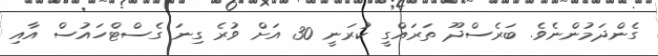
ގެންދަމުންނެވެ. ބަރެސްދޫ ތަރައްގީ ކުރަނީ 30 އަށް ވުރެ ގިނަ ގެސްޓްހައުސް އާއި